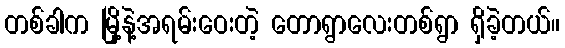
တစ်ခါက မြို့နဲ့အရမ်းဝေးတဲ့ တောရွာလေးတစ်ရွာ ရှိခဲ့တယ်။